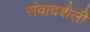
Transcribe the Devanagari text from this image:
संवादशैली